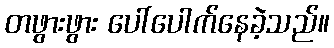
တဖွားဖွား ပေါ်ပေါက်နေခဲ့သည်။